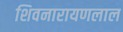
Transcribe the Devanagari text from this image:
शिवनारायणलाल